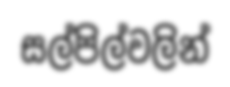
සල්පිල්වලින්